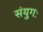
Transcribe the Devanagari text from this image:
संयुगः